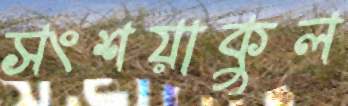
সংশয়াকুল